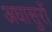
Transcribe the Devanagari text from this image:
अधासुरों